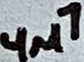
Text: 4µ7